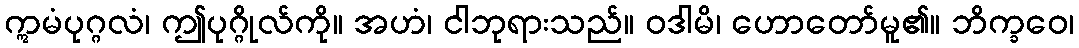
ဣမံပုဂ္ဂလံ၊ ဤပုဂ္ဂိုလ်ကို။ အဟံ၊ ငါဘုရားသည်။ ဝဒါမိ၊ ဟောတော်မူ၏။ ဘိက္ခဝေ၊